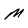
Character: M